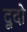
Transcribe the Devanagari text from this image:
दूदो